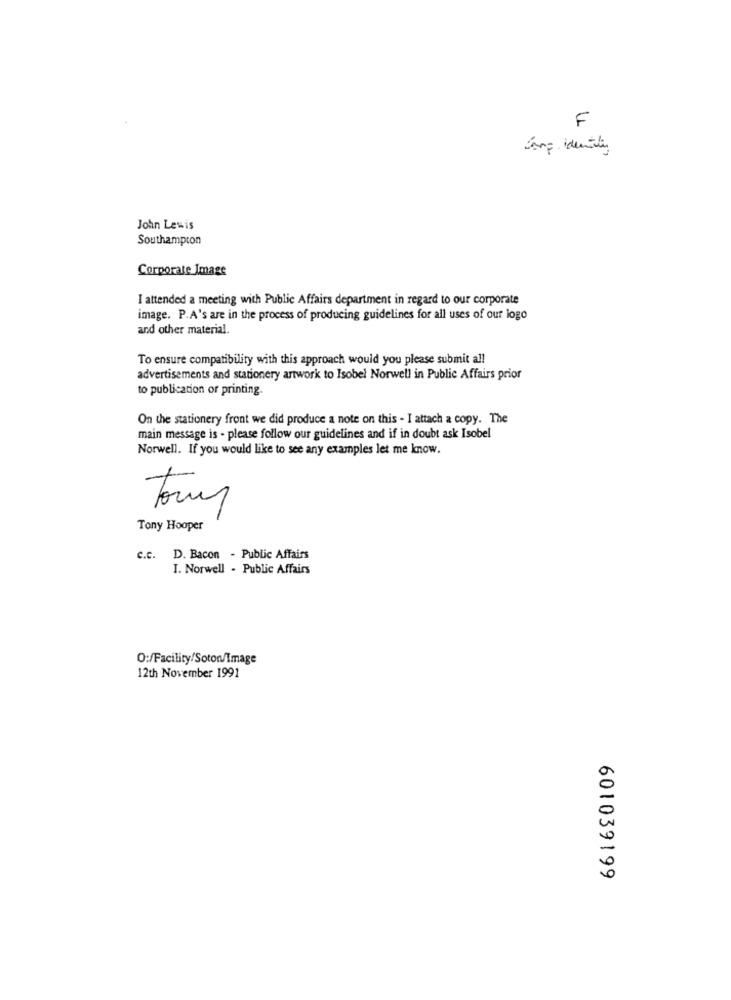
F
Samp identi
John Lewis
Southampton
Corporate Image
I attended a meeting with Public Affairs department in regard to our corporate
image. P.A's are in the process of producing guidelines for all uses of our logo
and other material.
To ensure compatibility with this approach would you please submit all
advertisements and stationery artwork to Isobel Norwell in Public Affairs prior
to publication or printing.
On the stationery front we did produce a note on this - I attach a copy. The
main message is - please follow our guidelines and if in doubt ask Isobel
Norwell. If you would like to see any examples let me know.
Tomy
Tony Hooper
c.c. D. Bacon - Public Affairs
I. Norwell - Public Affairs
O:/Facility/Soton/Image
12th November 1991
601039199